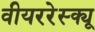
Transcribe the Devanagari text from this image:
वीयररेस्क्यू